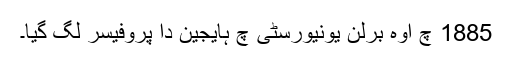
1885 چ اوہ برلن یونیورسٹی چ ہایجین دا پروفیسر لگ گیا۔